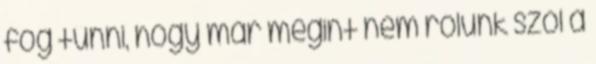
fog tűnni, hogy már megint nem rólunk szól a